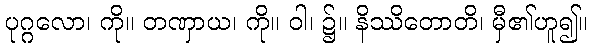
ပုဂ္ဂလော၊ ကို။ တဏှာယ၊ ကို။ ဝါ၊ ၌။ နိဿိတောတိ၊ မှီ၏ဟူ၍။